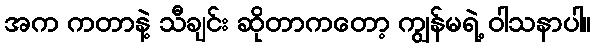
အက ကတာနဲ့ သီချင်း ဆိုတာကတော့ ကျွန်မရဲ့ ဝါသနာပါ။